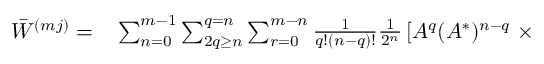
\begin{array} { r l } { \bar { W } ^ { ( m j ) } = } & { { } \sum _ { n = 0 } ^ { m - 1 } \sum _ { 2 q \geq n } ^ { q = n } \sum _ { r = 0 } ^ { m - n } \frac { 1 } { q ! ( n - q ) ! } \frac { 1 } { 2 ^ { n } } \left[ A ^ { q } ( A ^ { * } ) ^ { n - q } \right. \times } \end{array}